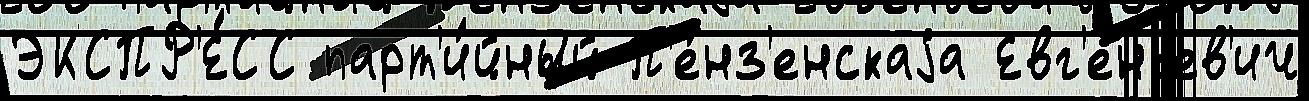
ЭКСПР'Е́СС парт'и́йный П'е́нз'енскаjа Евг'еньев'ич